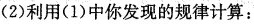
(2)利用(1)中你发现的规律计算：